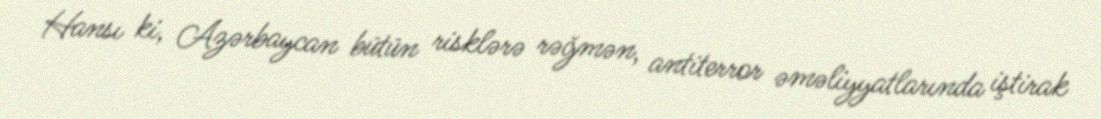
Hansı ki, Azərbaycan bütün risklərə rəğmən, antiterror əməliyyatlarında iştirak